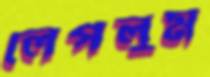
লেপলুম